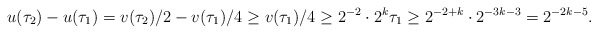
\begin{align*}u(\tau_2) - u(\tau_1) = v(\tau_2) / 2- v( \tau_1) / 4 \geq v(\tau_1) / 4\geq 2^{-2} \cdot 2^k \tau_1 \geq 2^{-2 + k} \cdot 2^{-3k - 3} = 2^{-2k -5}.\end{align*}